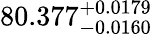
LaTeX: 80.377_{-0.0160}^{+0.0179}